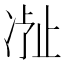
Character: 𬅽